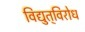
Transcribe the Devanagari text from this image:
विद्युत्‌विरोध